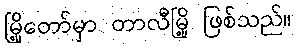
မြို့တော်မှာ တာလီမြို့ ဖြစ်သည်။